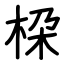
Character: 桗